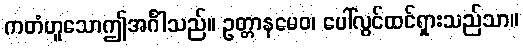
ကတံဟူသောဤအင်္ဂါသည်။ ဥတ္တာနမေဝ၊ ပေါ်လွင်ထင်ရှားသည်သာ။